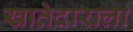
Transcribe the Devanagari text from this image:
खातेदाराला